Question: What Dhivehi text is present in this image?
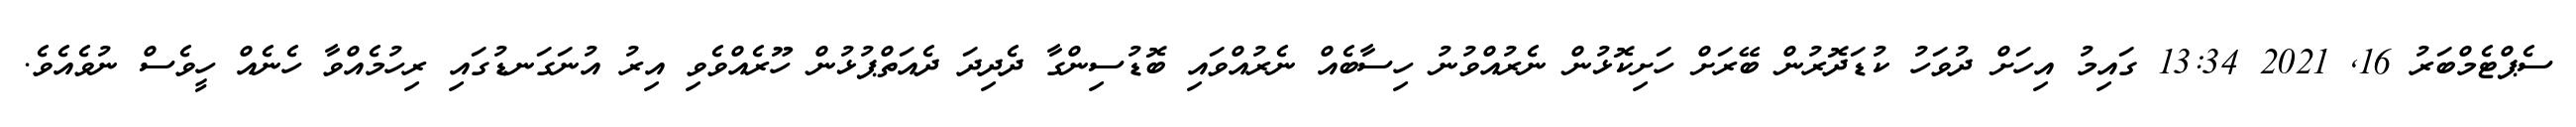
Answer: ސެޕްޓެމްބަރު 16, 2021 13:34 ގައިމު އިހަށް ދުވަހު ކުޑަދޮރުން ބޭރަށް ހަށިކޮޅުން ނެރުއްވުނު ހިސާބެއް ނެރުއްވައި ބޮޑުސިންގާ ދެދިދަ ދެއަތްޕުޅުން ހޫރެއްވެވި އިރު އުނަގަނޑުގައި ރިހުމެއްވާ ހެނެއް ހީވެސް ނުވެއެވެ.